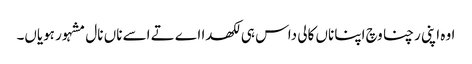
اوہ اپنی رچنا وچ اپنا ناں کالی داس ہی لکھدا اے تے اسے ناں نال مشہور ہویاں۔